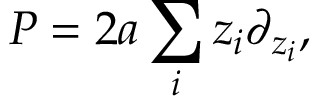
P = 2 a \sum _ { i } z _ { i } \partial _ { z _ { i } } ,